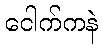
ငေါက်ကနဲ